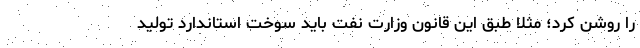
را روشن کرد؛ مثلاً طبق این قانون وزارت نفت باید سوخت استاندارد تولید